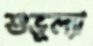
শুভূল্যা